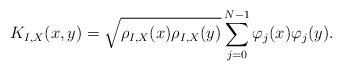
LaTeX: \begin{align*} K_{I,X}(x,y) = \sqrt{\rho_{I,X}(x) \rho_{I,X}(y)}\sum_{j=0}^{N-1} \varphi_j(x) \varphi_j(y). \end{align*}